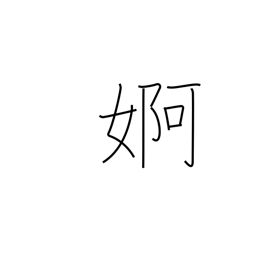
Meaning: flirtation